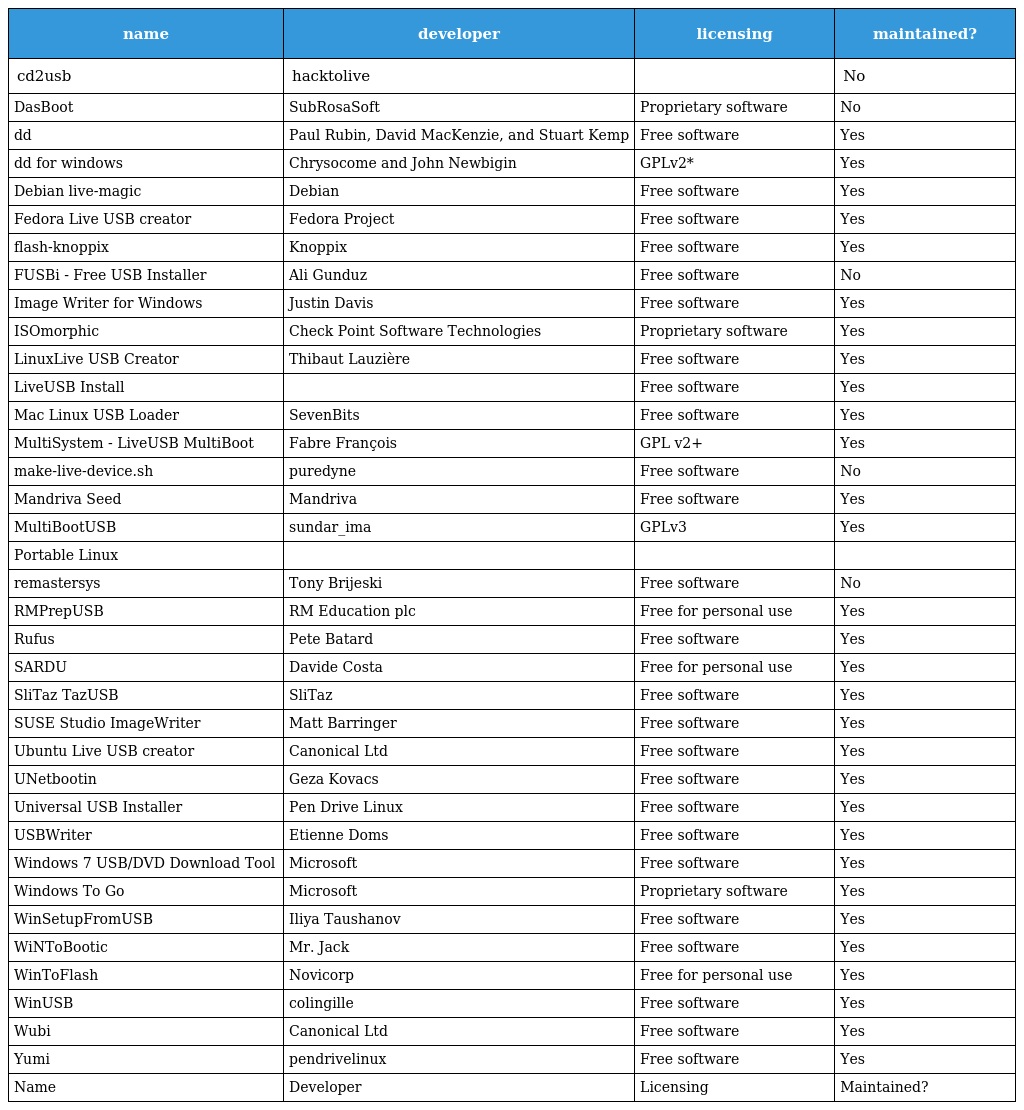
| name | developer | licensing | maintained? |
 | --- | --- | --- | --- |
 | cd2usb | hacktolive |  | No |
 | DasBoot | SubRosaSoft | Proprietary software | No |
 | dd | Paul Rubin, David MacKenzie, and Stuart Kemp | Free software | Yes |
 | dd for windows | Chrysocome and John Newbigin | GPLv2* | Yes |
 | Debian live-magic | Debian | Free software | Yes |
 | Fedora Live USB creator | Fedora Project | Free software | Yes |
 | flash-knoppix | Knoppix | Free software | Yes |
 | FUSBi - Free USB Installer | Ali Gunduz | Free software | No |
 | Image Writer for Windows | Justin Davis | Free software | Yes |
 | ISOmorphic | Check Point Software Technologies | Proprietary software | Yes |
 | LinuxLive USB Creator | Thibaut Lauzière | Free software | Yes |
 | LiveUSB Install |  | Free software | Yes |
 | Mac Linux USB Loader | SevenBits | Free software | Yes |
 | MultiSystem - LiveUSB MultiBoot | Fabre François | GPL v2+ | Yes |
 | make-live-device.sh | puredyne | Free software | No |
 | Mandriva Seed | Mandriva | Free software | Yes |
 | MultiBootUSB | sundar_ima | GPLv3 | Yes |
 | Portable Linux |  |  |  |
 | remastersys | Tony Brijeski | Free software | No |
 | RMPrepUSB | RM Education plc | Free for personal use | Yes |
 | Rufus | Pete Batard | Free software | Yes |
 | SARDU | Davide Costa | Free for personal use | Yes |
 | SliTaz TazUSB | SliTaz | Free software | Yes |
 | SUSE Studio ImageWriter | Matt Barringer | Free software | Yes |
 | Ubuntu Live USB creator | Canonical Ltd | Free software | Yes |
 | UNetbootin | Geza Kovacs | Free software | Yes |
 | Universal USB Installer | Pen Drive Linux | Free software | Yes |
 | USBWriter | Etienne Doms | Free software | Yes |
 | Windows 7 USB/DVD Download Tool | Microsoft | Free software | Yes |
 | Windows To Go | Microsoft | Proprietary software | Yes |
 | WinSetupFromUSB | Iliya Taushanov | Free software | Yes |
 | WiNToBootic | Mr. Jack | Free software | Yes |
 | WinToFlash | Novicorp | Free for personal use | Yes |
 | WinUSB | colingille | Free software | Yes |
 | Wubi | Canonical Ltd | Free software | Yes |
 | Yumi | pendrivelinux | Free software | Yes |
 | Name | Developer | Licensing | Maintained? |